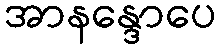
အာနန္ဒောပေ